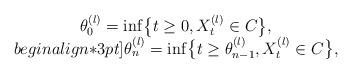
LaTeX: \begin{align*}\begin{array}{c}\theta^{(l)}_0 = \inf\bigl\{t \ge0, X^{(l)}_t \in C\bigr\},\\begin{align*}3pt]\theta^{(l)}_n = \inf\bigl\{t \ge\theta^{(l)}_{n-1}, X^{(l)}_t \in C \bigr\},\end{array} \end{align*}